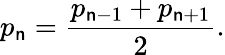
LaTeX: p_{\mathsf{n}}={\frac{{p_{\mathsf{n}-1}+p_{\mathsf{n}+1}}}{{2}}}.